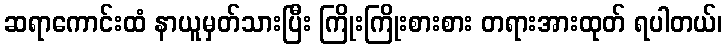
ဆရာကောင်းထံ နာယူမှတ်သားပြီး ကြိုးကြိုးစားစား တရားအားထုတ် ရပါတယ်၊